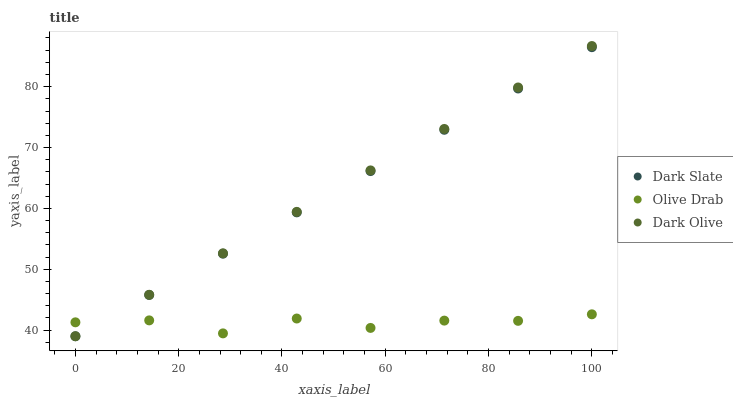
| xaxis_label | Dark Slate | Olive Drab | Dark Olive |
 | --- | --- | --- | --- |
 | 0 | 39 | 41.3 | 39 |
 | 14.3 | 45.8 | 41.6 | 45.8 |
 | 28.6 | 52.6 | 39.5 | 52.6 |
 | 42.9 | 59.4 | 41.9 | 59.4 |
 | 57.1 | 66.1 | 40.4 | 66.2 |
 | 71.4 | 72.9 | 41.6 | 73.1 |
 | 85.7 | 79.7 | 41.5 | 79.9 |
 | 100 | 86.5 | 42.6 | 86.7 |